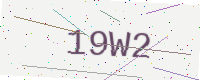
Text: 19W2